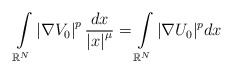
\begin{align*}\int\limits_{\mathbb{R}^{N}}\left\vert \nabla V_{0}\right\vert ^{p}\frac{dx}{\left\vert x\right\vert^{\mu}}=\int\limits_{\mathbb{R}^{N}}|\nabla U_{0}|^{p}dx\end{align*}